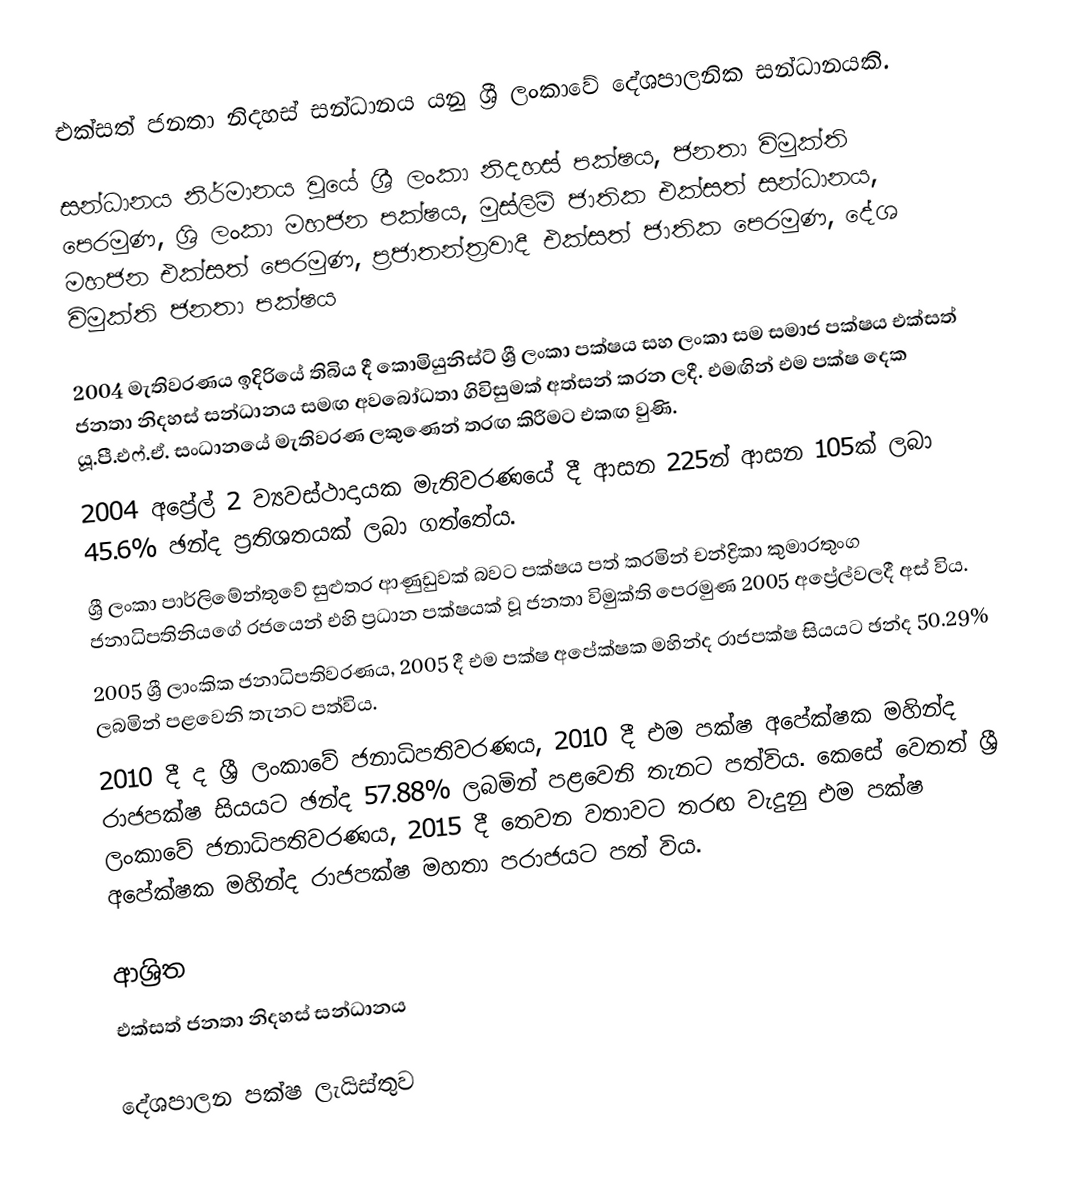
එක්සත් ජනතා නිදහස් සන්ධානය යනු ශ්‍රී ලංකාවේ දේශපාලනික සන්ධානයකි.

සන්ධානය නිර්මානය වූයේ ශ්‍රී ලංකා නිදහස් පක්ෂය, ජනතා විමුක්ති පෙරමුණ, ශ්‍රි ලංකා මහජන පක්ෂය, මුස්ලිම් ජාතික එක්සත් සන්ධානය, මහජන එක්සත් පෙරමුණ, ප්‍රජාතන්ත්‍රවාදී එක්සත් ජාතික පෙරමුණ, දේශ විමුක්ති ජනතා පක්ෂය

2004 මැතිවරණය ඉදිරියේ තිබිය දී කොමියුනිස්ට් ශ්‍රී ලංකා පක්ෂය සහ ලංකා සම සමාජ පක්ෂය එක්සත් ජනතා නිදහස් සන්ධානය  සමඟ අවබෝධතා ගිවිසුමක් අත්සන් කරන ලදී. එමඟින් එම පක්ෂ දෙක යූ.පී.එ‍ෆ්.ඒ. සංධානයේ මැති‍වරණ ලකුණෙන් තරඟ කිරීමට එකඟ වුණි.
2004 අප්‍රේල් 2 ව්‍යවස්ථාදායක මැතිවරණයේ දී ආසන 225න් ආසන 105ක් ලබා 45.6% ඡන්ද ප්‍රතිශතයක් ලබා ගත්තේය.
ශ්‍රී ලංකා පාර්ලිමේන්තුවේ සුළුතර ආණුඩුවක් බවට පක්ෂය පත් කරමින් චන්ද්‍රිකා කුමාරතුංග ජනාධිපතිනි‍යගේ රජයෙන් එහි ප්‍රධාන පක්ෂයක් වූ ජනතා විමුක්ති පෙරමුණ 2005 අප්‍රේල්වලදී අස් විය.
2005 ශ්‍රී ලාංකික ජනාධිපතිවරණය, 2005 දී එම පක්ෂ අපේක්ෂක මහින්ද රාජපක්ෂ සියයට ඡන්ද 50.29% ලබමින් පළවෙනි තැනට පත්විය.
2010 දී ද ශ්‍රී ලංකාවේ ජනාධිපතිවරණය, 2010 දී එම පක්ෂ අපේක්ෂක මහින්ද රාජපක්ෂ සියයට ඡන්ද 57.88% ලබමින් පළවෙනි තැනට පත්විය. කෙසේ වෙතත් ශ්‍රී ලංකාවේ ජනාධිපතිවරණය, 2015 දී තෙවන වතාවට තරඟ වැදුනු එම පක්ෂ අපේක්ෂක මහින්ද රාජපක්ෂ මහතා පරාජයට පත් විය.

ආශ්‍රිත
 එක්සත් ජනතා නිදහස් සන්ධානය

දේශපාලන පක්ෂ ලැයිස්තුව